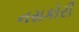
નસકોરી